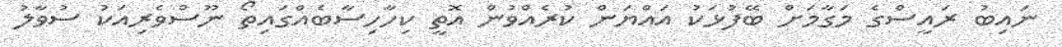
ނައިބު ރައީސްގެ މަގާމަށް ބޭފުޅަކު އައްޔަން ކުރެއްވުން އޮތީ ކިހާހިސާބެއްގައިތޯ ނޫސްވެރިއަކު ސުވާލު